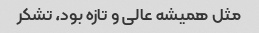
مثل همیشه عالی و تازه بود، تشکر